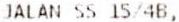
JALAN SS 15/4B,